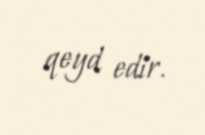
qeyd edir.